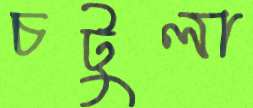
চটুলা